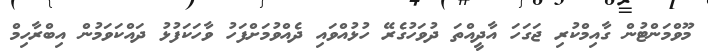
މޫވްމަންޓުން ގާއިމްކުރި ޖަގަހަ އާދީއްތަ ދުވަހުގެރޭ ހުޅުއްވައި ދެއްވުމަށްފަހު ވާހަކަފުޅު ދައްކަވަމުން އިބްރާހިމް